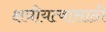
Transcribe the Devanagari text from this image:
क्षत्रीयत्वासाठी